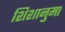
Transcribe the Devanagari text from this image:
शिशानुमा